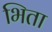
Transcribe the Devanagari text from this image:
भिता